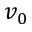
v _ { 0 }